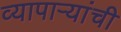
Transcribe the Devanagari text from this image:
व्यापाऱ्यांची